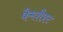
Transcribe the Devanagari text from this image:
कैमशैफ़्ट